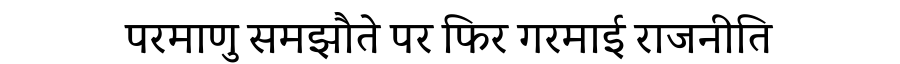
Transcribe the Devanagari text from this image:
परमाणु समझौते पर फिर गरमाई राजनीति